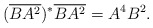
\begin{align*}(\overline{BA^2})^*\overline{BA^2}=A^4B^2.\end{align*}